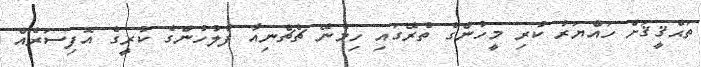
ތަޙްޤީޤަށް ހައްޔަރު ކުރި މީހުންގެ ތެރޭގައި ހިމެނޭ ޗެޗްނިއާ ފުލުހުންގެ ކުރީގެ އޮފިސަރެއް